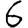
Digit: 6